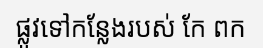
ផ្លូវទៅកន្លែងរបស់ កែ ពក